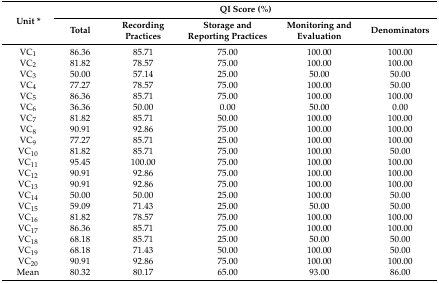
<table><thead><tr><td rowspan="2"><b>Unit *</b></td><td colspan="5"><b>QI Score (%)</b></td></tr><tr><td><b>Total</b></td><td><b>Recording Practices</b></td><td><b>Storage and Reporting Practices</b></td><td><b>Monitoring and Evaluation</b></td><td><b>Denominators</b></td></tr></thead><tbody><tr><td>VC<sub>1</sub></td><td>86.36</td><td>85.71</td><td>75.00</td><td>100.00</td><td>100.00</td></tr><tr><td>VC<sub>2</sub></td><td>81.82</td><td>78.57</td><td>75.00</td><td>100.00</td><td>100.00</td></tr><tr><td>VC<sub>3</sub></td><td>50.00</td><td>57.14</td><td>25.00</td><td>50.00</td><td>50.00</td></tr><tr><td>VC<sub>4</sub></td><td>77.27</td><td>78.57</td><td>75.00</td><td>100.00</td><td>50.00</td></tr><tr><td>VC<sub>5</sub></td><td>86.36</td><td>85.71</td><td>75.00</td><td>100.00</td><td>100.00</td></tr><tr><td>VC<sub>6</sub></td><td>36.36</td><td>50.00</td><td>0.00</td><td>50.00</td><td>0.00</td></tr><tr><td>VC<sub>7</sub></td><td>81.82</td><td>85.71</td><td>50.00</td><td>100.00</td><td>100.00</td></tr><tr><td>VC<sub>8</sub></td><td>90.91</td><td>92.86</td><td>75.00</td><td>100.00</td><td>100.00</td></tr><tr><td>VC<sub>9</sub></td><td>77.27</td><td>85.71</td><td>25.00</td><td>100.00</td><td>100.00</td></tr><tr><td>VC<sub>10</sub></td><td>81.82</td><td>85.71</td><td>75.00</td><td>100.00</td><td>50.00</td></tr><tr><td>VC<sub>11</sub></td><td>95.45</td><td>100.00</td><td>75.00</td><td>100.00</td><td>100.00</td></tr><tr><td>VC<sub>12</sub></td><td>90.91</td><td>92.86</td><td>75.00</td><td>100.00</td><td>100.00</td></tr><tr><td>VC<sub>13</sub></td><td>90.91</td><td>92.86</td><td>75.00</td><td>100.00</td><td>100.00</td></tr><tr><td>VC<sub>14</sub></td><td>50.00</td><td>50.00</td><td>25.00</td><td>100.00</td><td>50.00</td></tr><tr><td>VC<sub>15</sub></td><td>59.09</td><td>71.43</td><td>25.00</td><td>50.00</td><td>50.00</td></tr><tr><td>VC<sub>16</sub></td><td>81.82</td><td>78.57</td><td>75.00</td><td>100.00</td><td>100.00</td></tr><tr><td>VC<sub>17</sub></td><td>86.36</td><td>85.71</td><td>75.00</td><td>100.00</td><td>100.00</td></tr><tr><td>VC<sub>18</sub></td><td>68.18</td><td>85.71</td><td>25.00</td><td>50.00</td><td>50.00</td></tr><tr><td>VC<sub>19</sub></td><td>68.18</td><td>71.43</td><td>50.00</td><td>100.00</td><td>50.00</td></tr><tr><td>VC<sub>20</sub></td><td>90.91</td><td>92.86</td><td>75.00</td><td>100.00</td><td>100.00</td></tr><tr><td>Mean</td><td>80.32</td><td>80.17</td><td>65.00</td><td>93.00</td><td>86.00</td></tr></tbody></table>